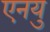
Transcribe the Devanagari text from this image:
एनयु